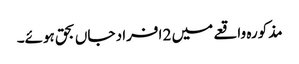
مذکورہ واقعے میں 2 افراد جاں بحق ہوئے۔